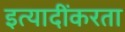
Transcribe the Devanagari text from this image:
इत्यादींकरता